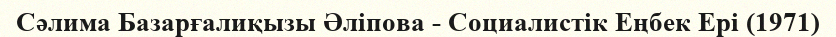
Сәлима Базарғалиқызы Әліпова - Социалистік Еңбек Ері (1971)